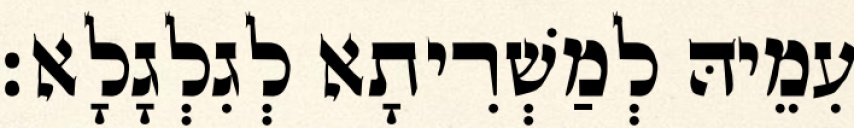
עִמֵיהּ לְמַשְׁרִיתָא לְגִלְגָלָא׃